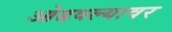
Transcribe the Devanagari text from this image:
ओढवल्यावर